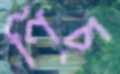
ণিচ্